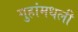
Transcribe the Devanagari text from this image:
गुहांमधली